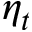
\eta _ { t }